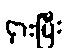
ငှားပြီး